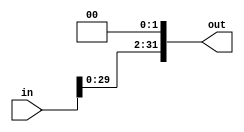
`timescale 1ns / 1ps
//////////////////////////////////////////////////////////////////////////////////
// Company: 
// Engineer: 
// 
// Design Name: 
// Module Name: Shift_2
// Project Name: 
// Target Devices: 
// Tool Versions: 
// Description: 
// 
// Dependencies: 
// 
// Revision:
// Revision 0.01 - File Created
// Additional Comments:
// 
//////////////////////////////////////////////////////////////////////////////////


module Shift_2(input [31:0]in,output reg [31:0] out);
always@(in)begin
out <= in << 2;
end
endmodule